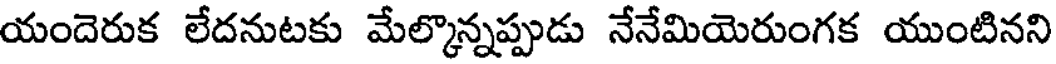
యందెరుక లేదనుటకు మేల్కొన్నప్పుడు నేనేమియెరుంగక యుంటినని